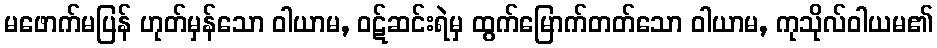
မဖောက်မပြန် ဟုတ်မှန်သော ဝါယာမ, ဝဋ်ဆင်းရဲမှ ထွက်မြောက်တတ်သော ဝါယာမ, ကုသိုလ်ဝါယမ၏